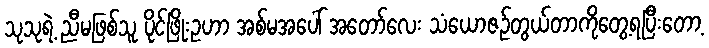
သုသုရဲ့ ညီမဖြစ်သူ ပိုင်ဖြိုးဥဟာ အစ်မအပေါ် အတော်လေး သံယောဇဉ်တွယ်တာကိုတွေ့ရပြီးတော့